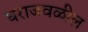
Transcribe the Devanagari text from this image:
घराजवळील